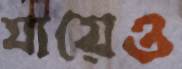
যায়েও